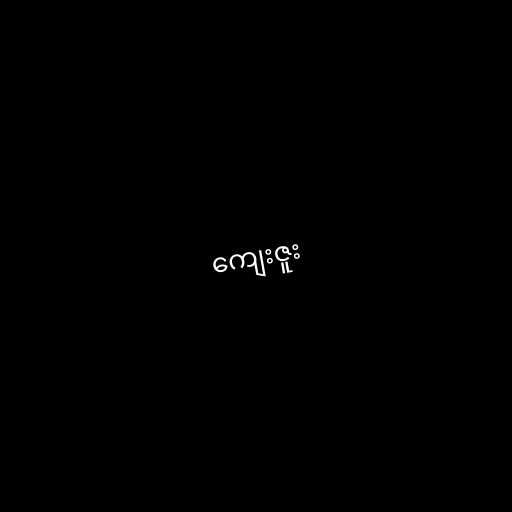
ကျေးဇူး